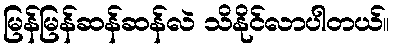
မြန်မြန်ဆန်ဆန်လဲ သိနိုင်လာပါတယ်။